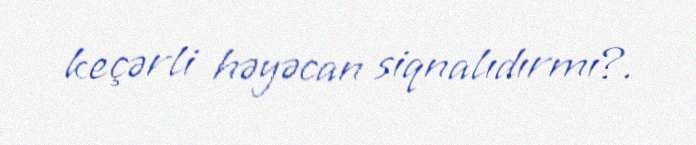
keçərli həyəcan siqnalıdırmı?.